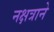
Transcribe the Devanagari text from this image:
नक्षत्राने